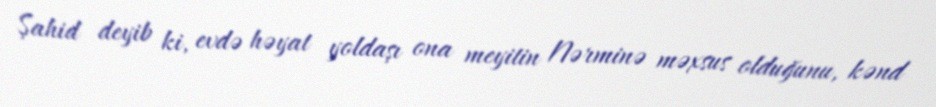
Şahid deyib ki, evdə həyat yoldaşı ona meyitin Nərminə məxsus olduğunu, kənd